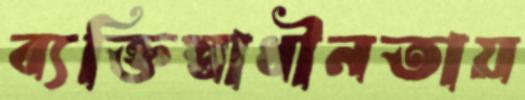
ব্যক্তিস্বাধীনতায়